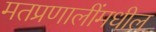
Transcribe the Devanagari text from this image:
मतप्रणालींमधील